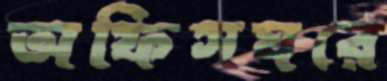
অফিসঘরে